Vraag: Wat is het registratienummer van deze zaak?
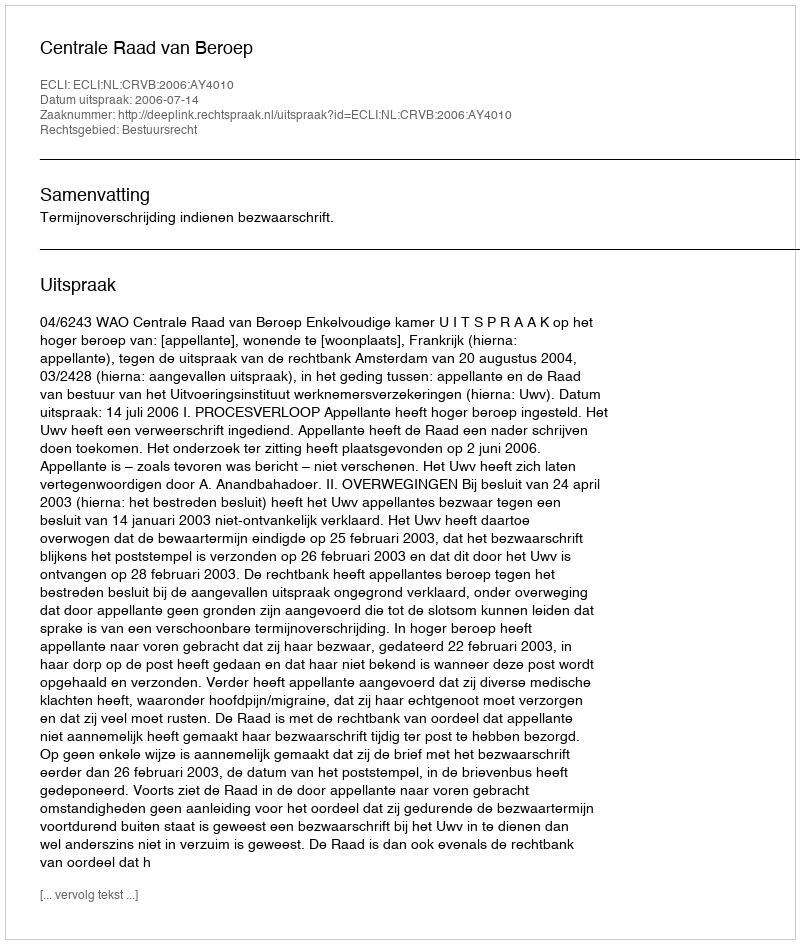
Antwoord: http://deeplink.rechtspraak.nl/uitspraak?id=ECLI:NL:CRVB:2006:AY4010